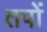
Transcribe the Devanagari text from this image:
तपों